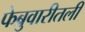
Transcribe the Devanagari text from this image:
फेब्रुवारीतली